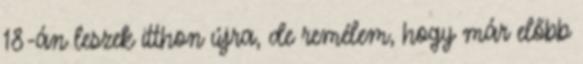
18-án leszek itthon újra, de remélem, hogy már előbb